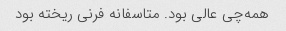
همه‌چی عالی بود. متاسفانه فرنی ریخته بود